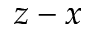
z - x